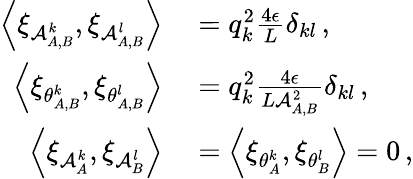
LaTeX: \begin{array}{rl}{\left\langle\xi_{\mathcal{A}_{A,B}^{k}},\xi_{\mathcal{A}_{A,B}^{l}}\right\rangle}&{{}=q_{k}^{2}\frac{4\epsilon}{L}\delta_{kl}\, ,}\\ {\left\langle\xi_{\theta_{A,B}^{k}},\xi_{\theta_{A,B}^{l}}\right\rangle}&{{}=q_{k}^{2}\frac{4\epsilon}{L\mathcal{A}_{A,B}^{2}}\delta_{kl}\, ,}\\ {\left\langle\xi_{\mathcal{A}_{A}^{k}},\xi_{\mathcal{A}_{B}^{l}}\right\rangle}&{{}=\left\langle\xi_{\theta_{A}^{k}},\xi_{\theta_{B}^{l}}\right\rangle=0\, ,}\end{array}